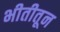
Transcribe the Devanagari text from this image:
भीतीतून